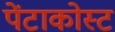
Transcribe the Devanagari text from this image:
पेंटाकोस्ट